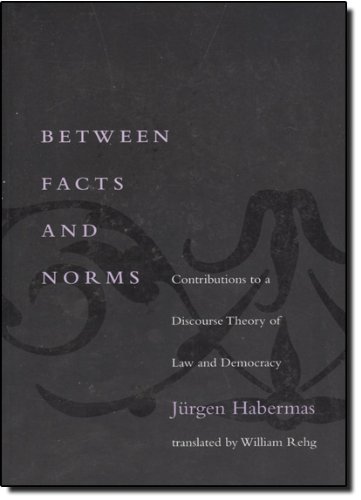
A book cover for Between Facts and Norms: Contributions to a Discourse Theory of Law and Democracy (Studies in Contemporary German Social Thought); Jurgen Habermas; Law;